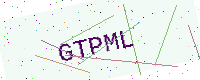
Text: GTPML